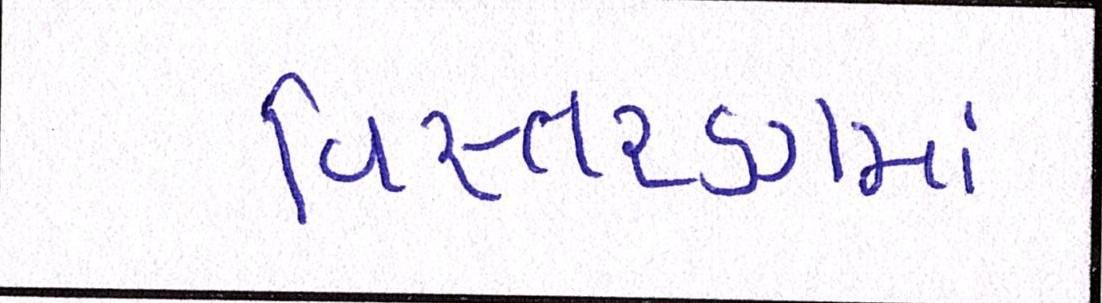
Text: વિસ્તરણમાં